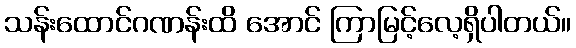
သန်းထောင်ဂဏန်းထိ အောင် ကြာမြင့်လေ့ရှိပါတယ်။